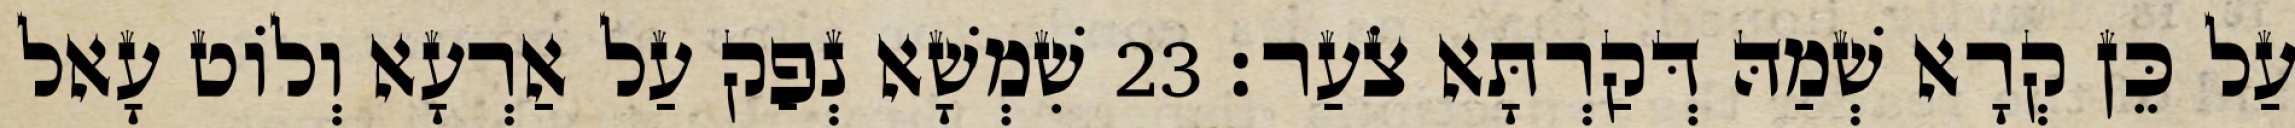
עַל כֵּן קְרָא שְׁמַהּ דְּקַרְתָּא צֹעַר׃ 23 שִׁמְשָׁא נְפַק עַל אַרְעָא וְלוֹט עָאל